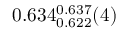
0 . 6 3 4 _ { 0 . 6 2 2 } ^ { 0 . 6 3 7 } ( 4 )